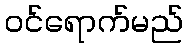
ဝင်ရောက်မည်